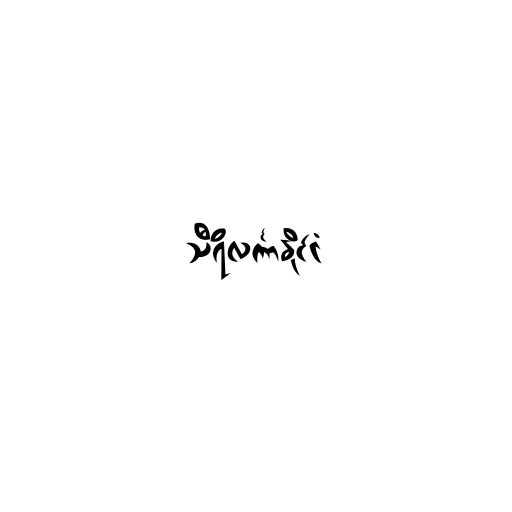
သီရိလင်္ကာနိုင်ငံ